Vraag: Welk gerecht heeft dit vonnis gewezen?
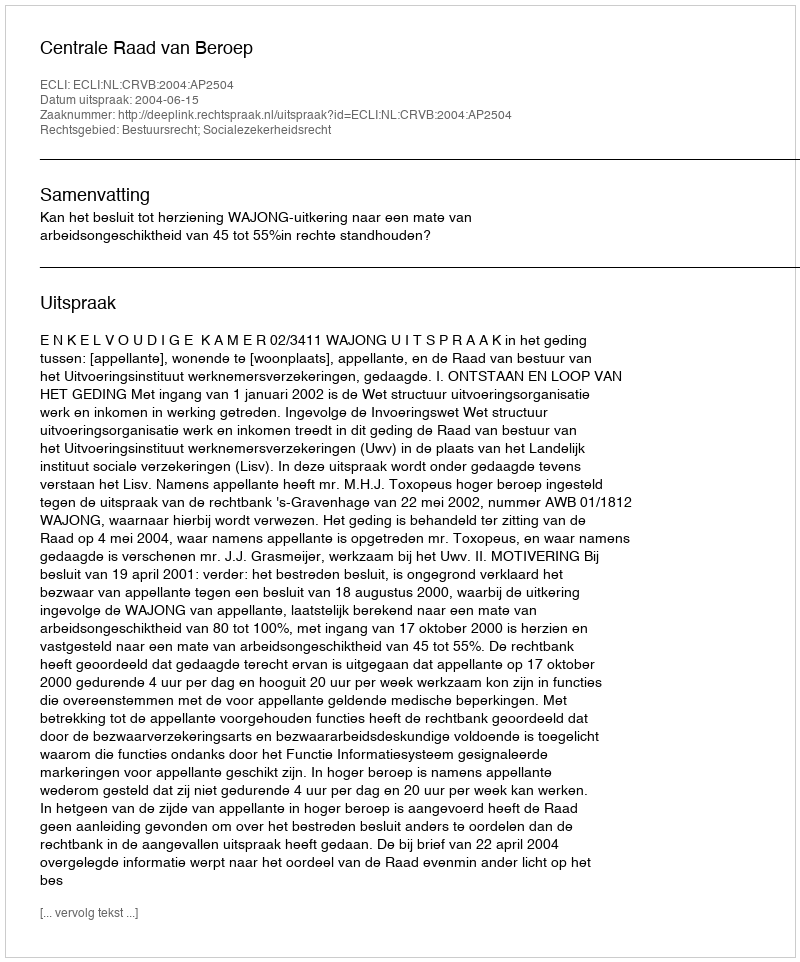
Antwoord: Centrale Raad van Beroep